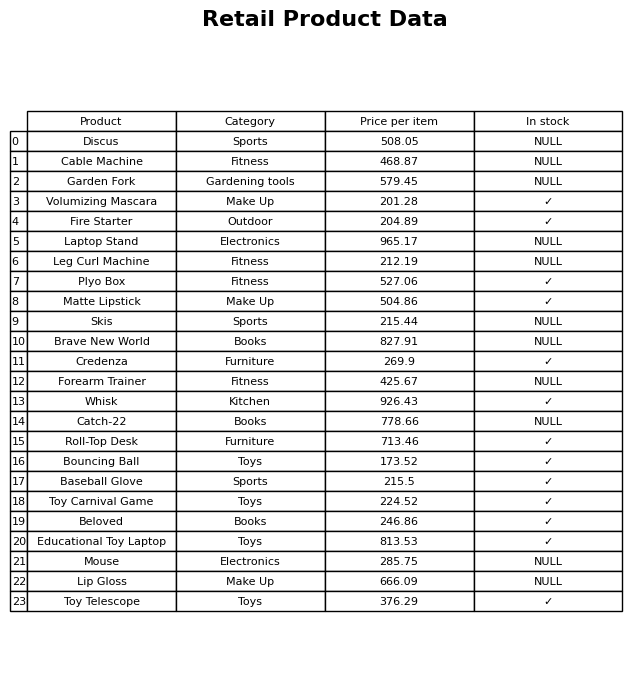
question: Is the Skis in stock?
answer: NULL